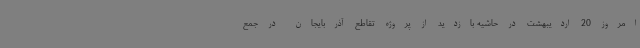
امروز 20 اردیبهشت در حاشیه بازدید از پروژه تقاطع آذربایجان در جمع